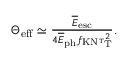
\begin{array} { r } { \Theta _ { \mathrm { e f f } } \simeq \frac { \overline { E } _ { \mathrm { e s c } } } { 4 \overline { E } _ { \mathrm { p h } } f _ { \mathrm { K N } } \tau _ { \mathrm { T } } ^ { 2 } } . } \end{array}